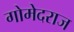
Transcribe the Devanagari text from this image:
गोमेदराज